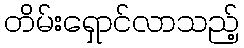
တိမ်းရှောင်လာသည့်